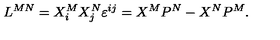
L ^ { M N } = X _ { i } ^ { M } X _ { j } ^ { N } \varepsilon ^ { i j } = X ^ { M } P ^ { N } - X ^ { N } P ^ { M } .